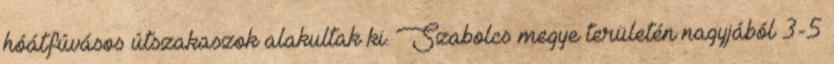
hóátfúvásos útszakaszok alakultak ki. Szabolcs megye területén nagyjából 3-5